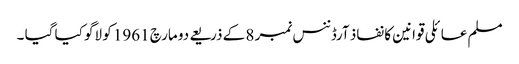
مسلم عائلی قوانین کا نفاذ آرڈننس نمبر 8 کے ذریعے دو مارچ 1961 کو لاگو کیا گیا ۔